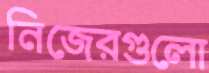
নিজেরগুলো